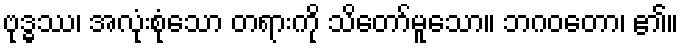
ဗုဒ္ဓဿ၊ အလုံးစုံသော တရားကို သိတော်မူသော။ ဘဂဝတော၊ ၏။